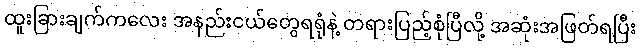
ထူးခြားချက်ကလေး အနည်းငယ်တွေရရုံနဲ့ တရားပြည့်စုံပြီလို့ အဆုံးအဖြတ်ရပြီး